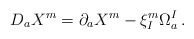
\begin{align*}D_aX^m = \partial_a X^m -\xi^m_I\Omega_a^I \, . \end{align*}